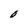
Character: O